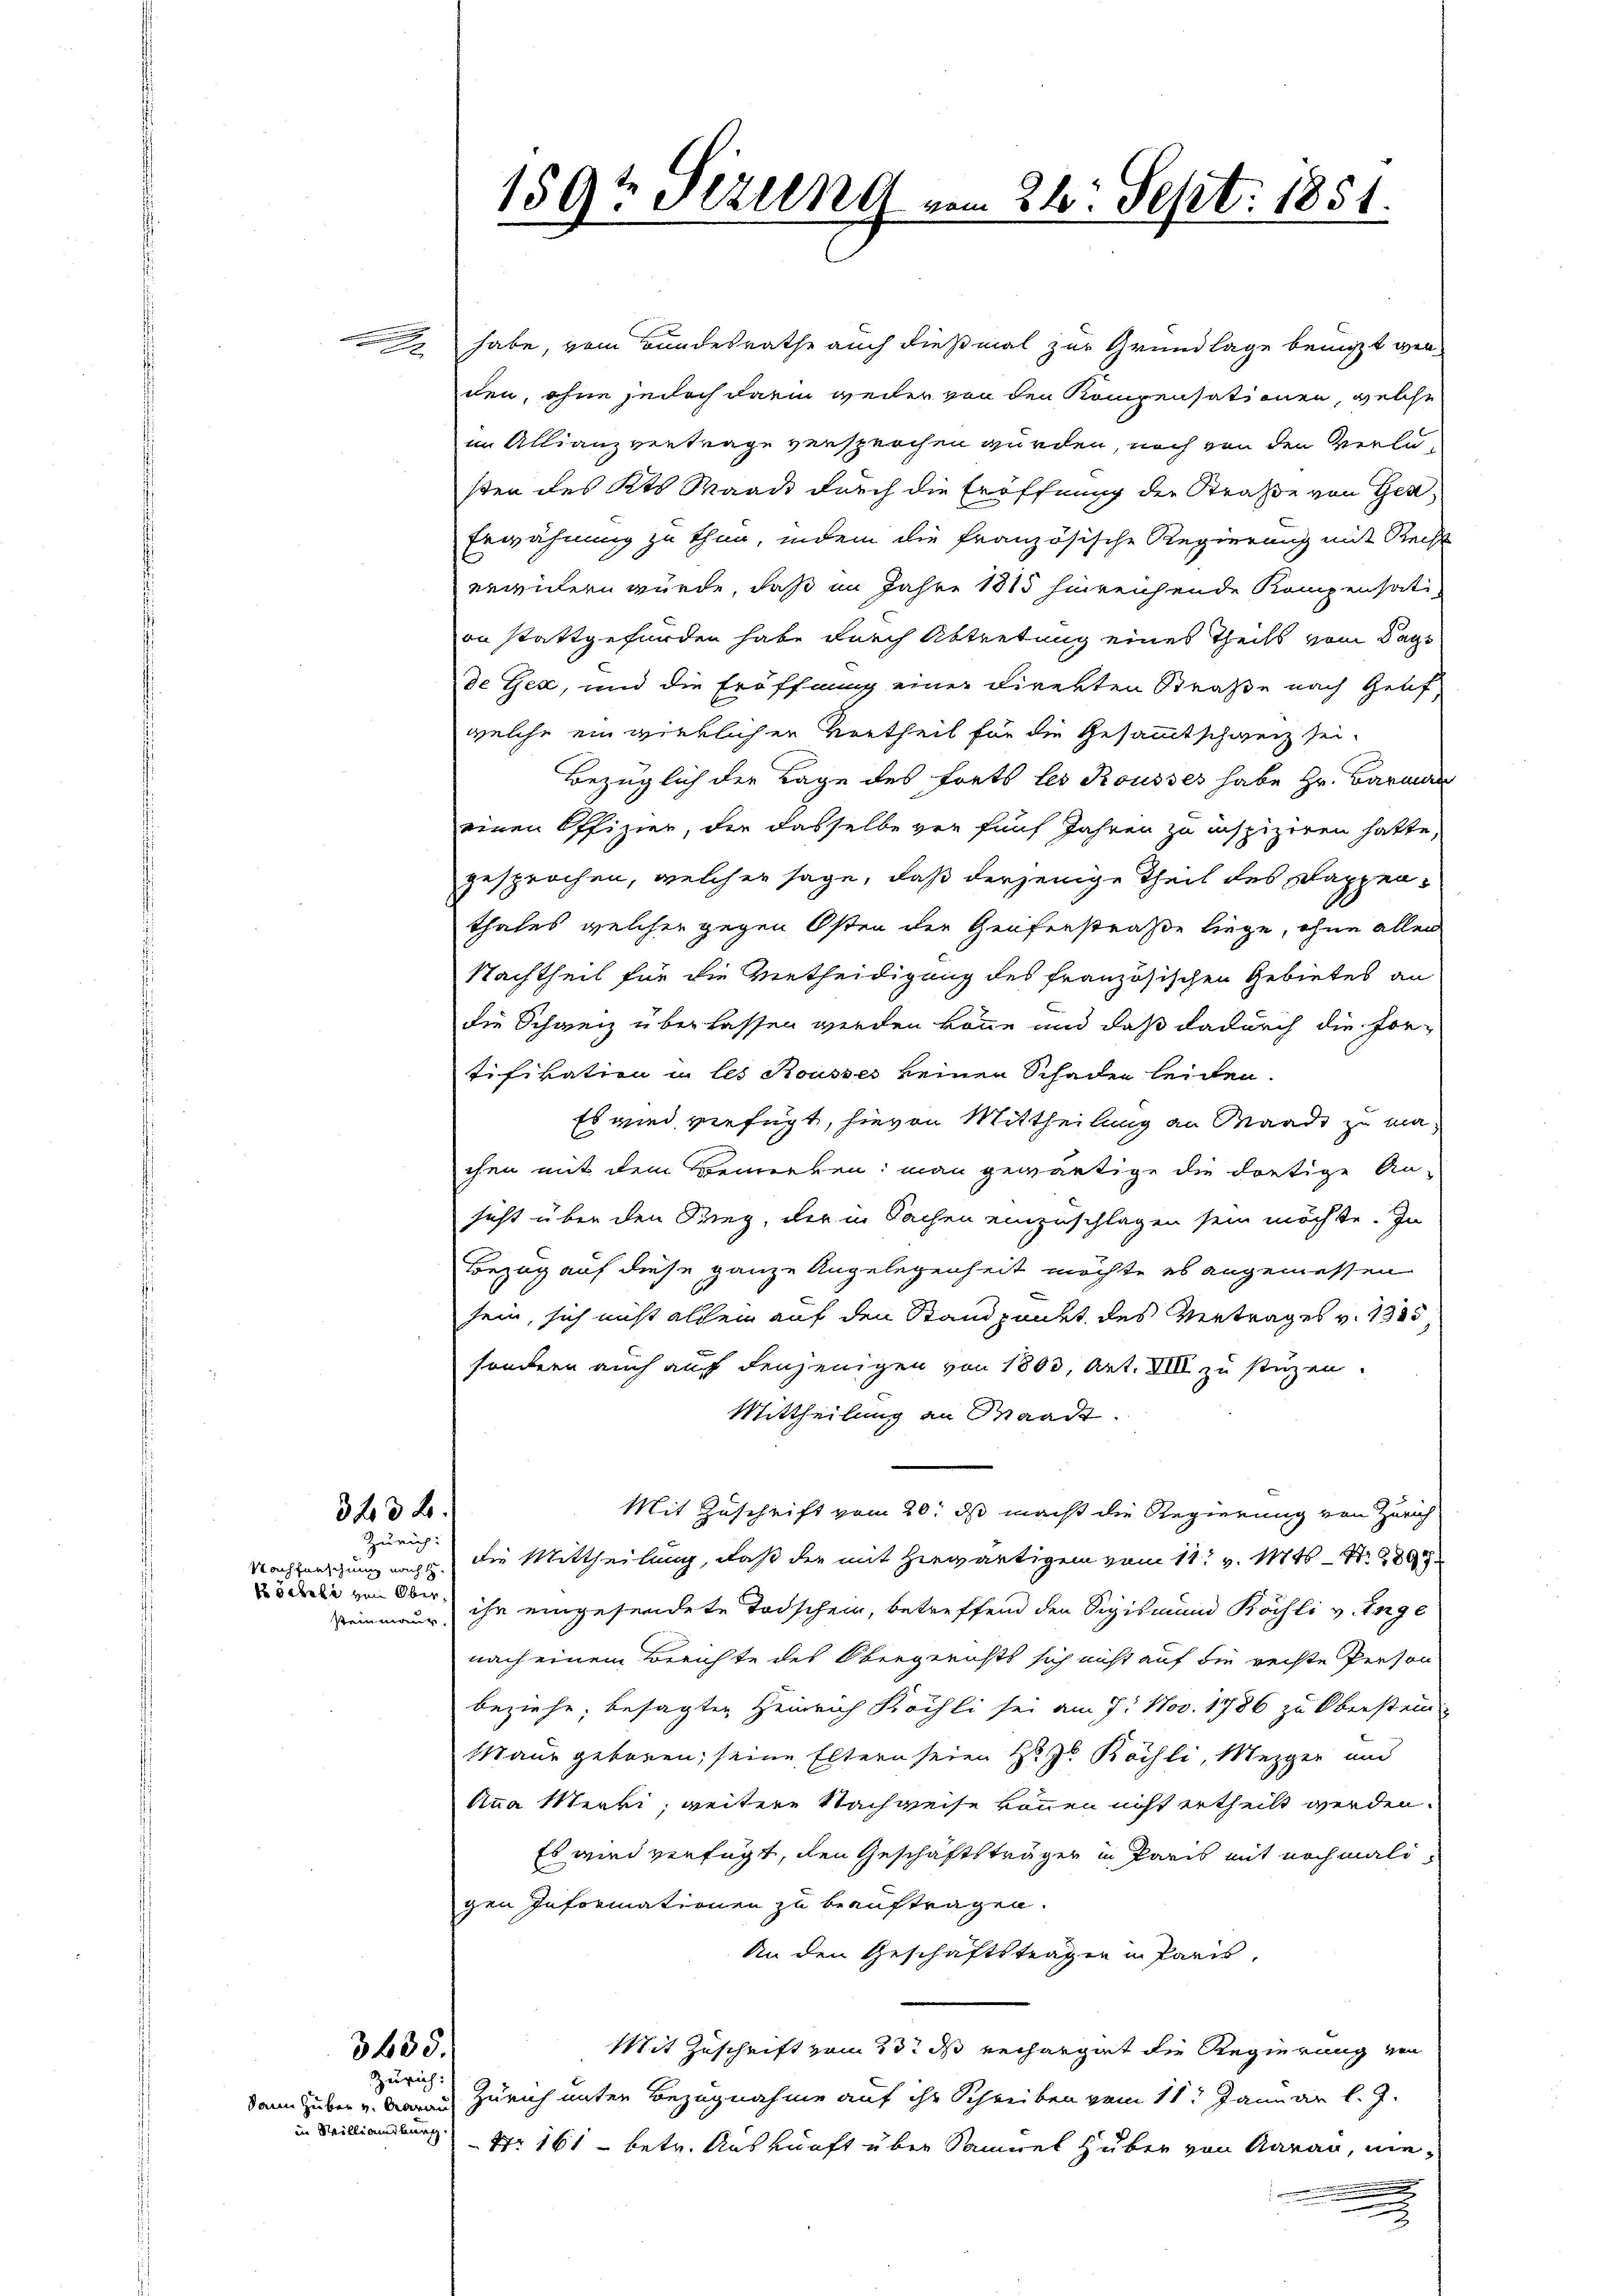
.

3 f 0 x
Zürich:

Nachfürschung nach d
Böckele von Ober

3635.
Zürich:

dann Huber und Aarau
in Williansburg.

habe, vom Bundesrathe auch dießmal zur Grundlage benuzt werden, ohne jedoch darin weder von den Kompensationen, welche
im Allianzvertrage versprochen wurden, noch von den Verlusten des Kts. Waadt durch die Eröffnung der Straße von Gen
Erwähnung zu thun, indem die französische Regierung mit Recht
erwidern würde, daß im Jahre 1815 hinreichende Kompensati
on stattgefunden habe durch Abtretung eines Theils vom Tags
de Gex, und die Eröffnung einer Direkten Straße nach Genf
welche ein wirklichen Vertheil für die Gesammtschweiz sei.
Bezüglich der Lage des Forts les Rousses habe Hr. Barmal
einen Offizier, der dasselbe vor fünf Jahren zu inspiziren hatte,
gesprochen, welcher sage, daß derjenige Theil des Kappenthales welcher gegen Osten der Genferstraße liege, ohne allen
Nachtheil für die Vertheidigung des französischen Gebietes an
die Schweiz überlassen werden könne und daß dadurch die Fortifikation in les Rousses keinen Schaden leiden.
Es wird verfügt, hievon Mittheilung an Waadt zu machen mit dem Bemerken: man gewärtige die dortige An-
sicht über den Krieg, der in Sachen einzuschlagen sein möchte. In
Bezug auf diese ganze Angelegenheit möchte es angemessen
sein, sich nicht allein auf den Standpunkt des Vertrages v. 1325
sondern auch auf denjenigen von 1803, Art. VIII zu stüzen.
Mittheilung an Waadt.
Mit Zuschrift vom 20. ds macht die Regierung von Zürich
die Mittheilung, daß die mit Hiewärtigen vom 11t v. Mts. S. 280
Reinmann, ihr eingesendete Todschein, betreffend den Sigismund Köchli v. Enge
nach einem Berichte des Obergerichts sich nicht auf die rechte Person-
beziehe, besagten Heinrich Köchli sei am 7. Nov. 1786 zu Oberstein
Maur geboren, seine Eltern seien zu Köchli, Mezger und
Anna Merki, weitere Nachweise können nicht ertheilt werden.
Es wird verfügt, den Geschäftsträger in Paris mit nochmaligen Informationen zu beauftragen.
An den Geschäftstragen in Paris,
Mit Zuschrift vom 23. ds Rechargirt die Regierung von
Zürich unter Bezugnahme auf ihr Schreiben vom 11. Januar l. J.
Nr 161 - betr. Auskunft über Samuel Huber von Aarau, wie¬

.

189t Sizung vom 24. Sept. 1851.